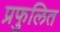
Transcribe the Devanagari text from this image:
प्रफुलित